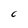
Character: C